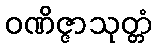
ဝဏိဇ္ဇာသုတ္တံ